Vara_Laulu-_ja_Manguselts, lk 10
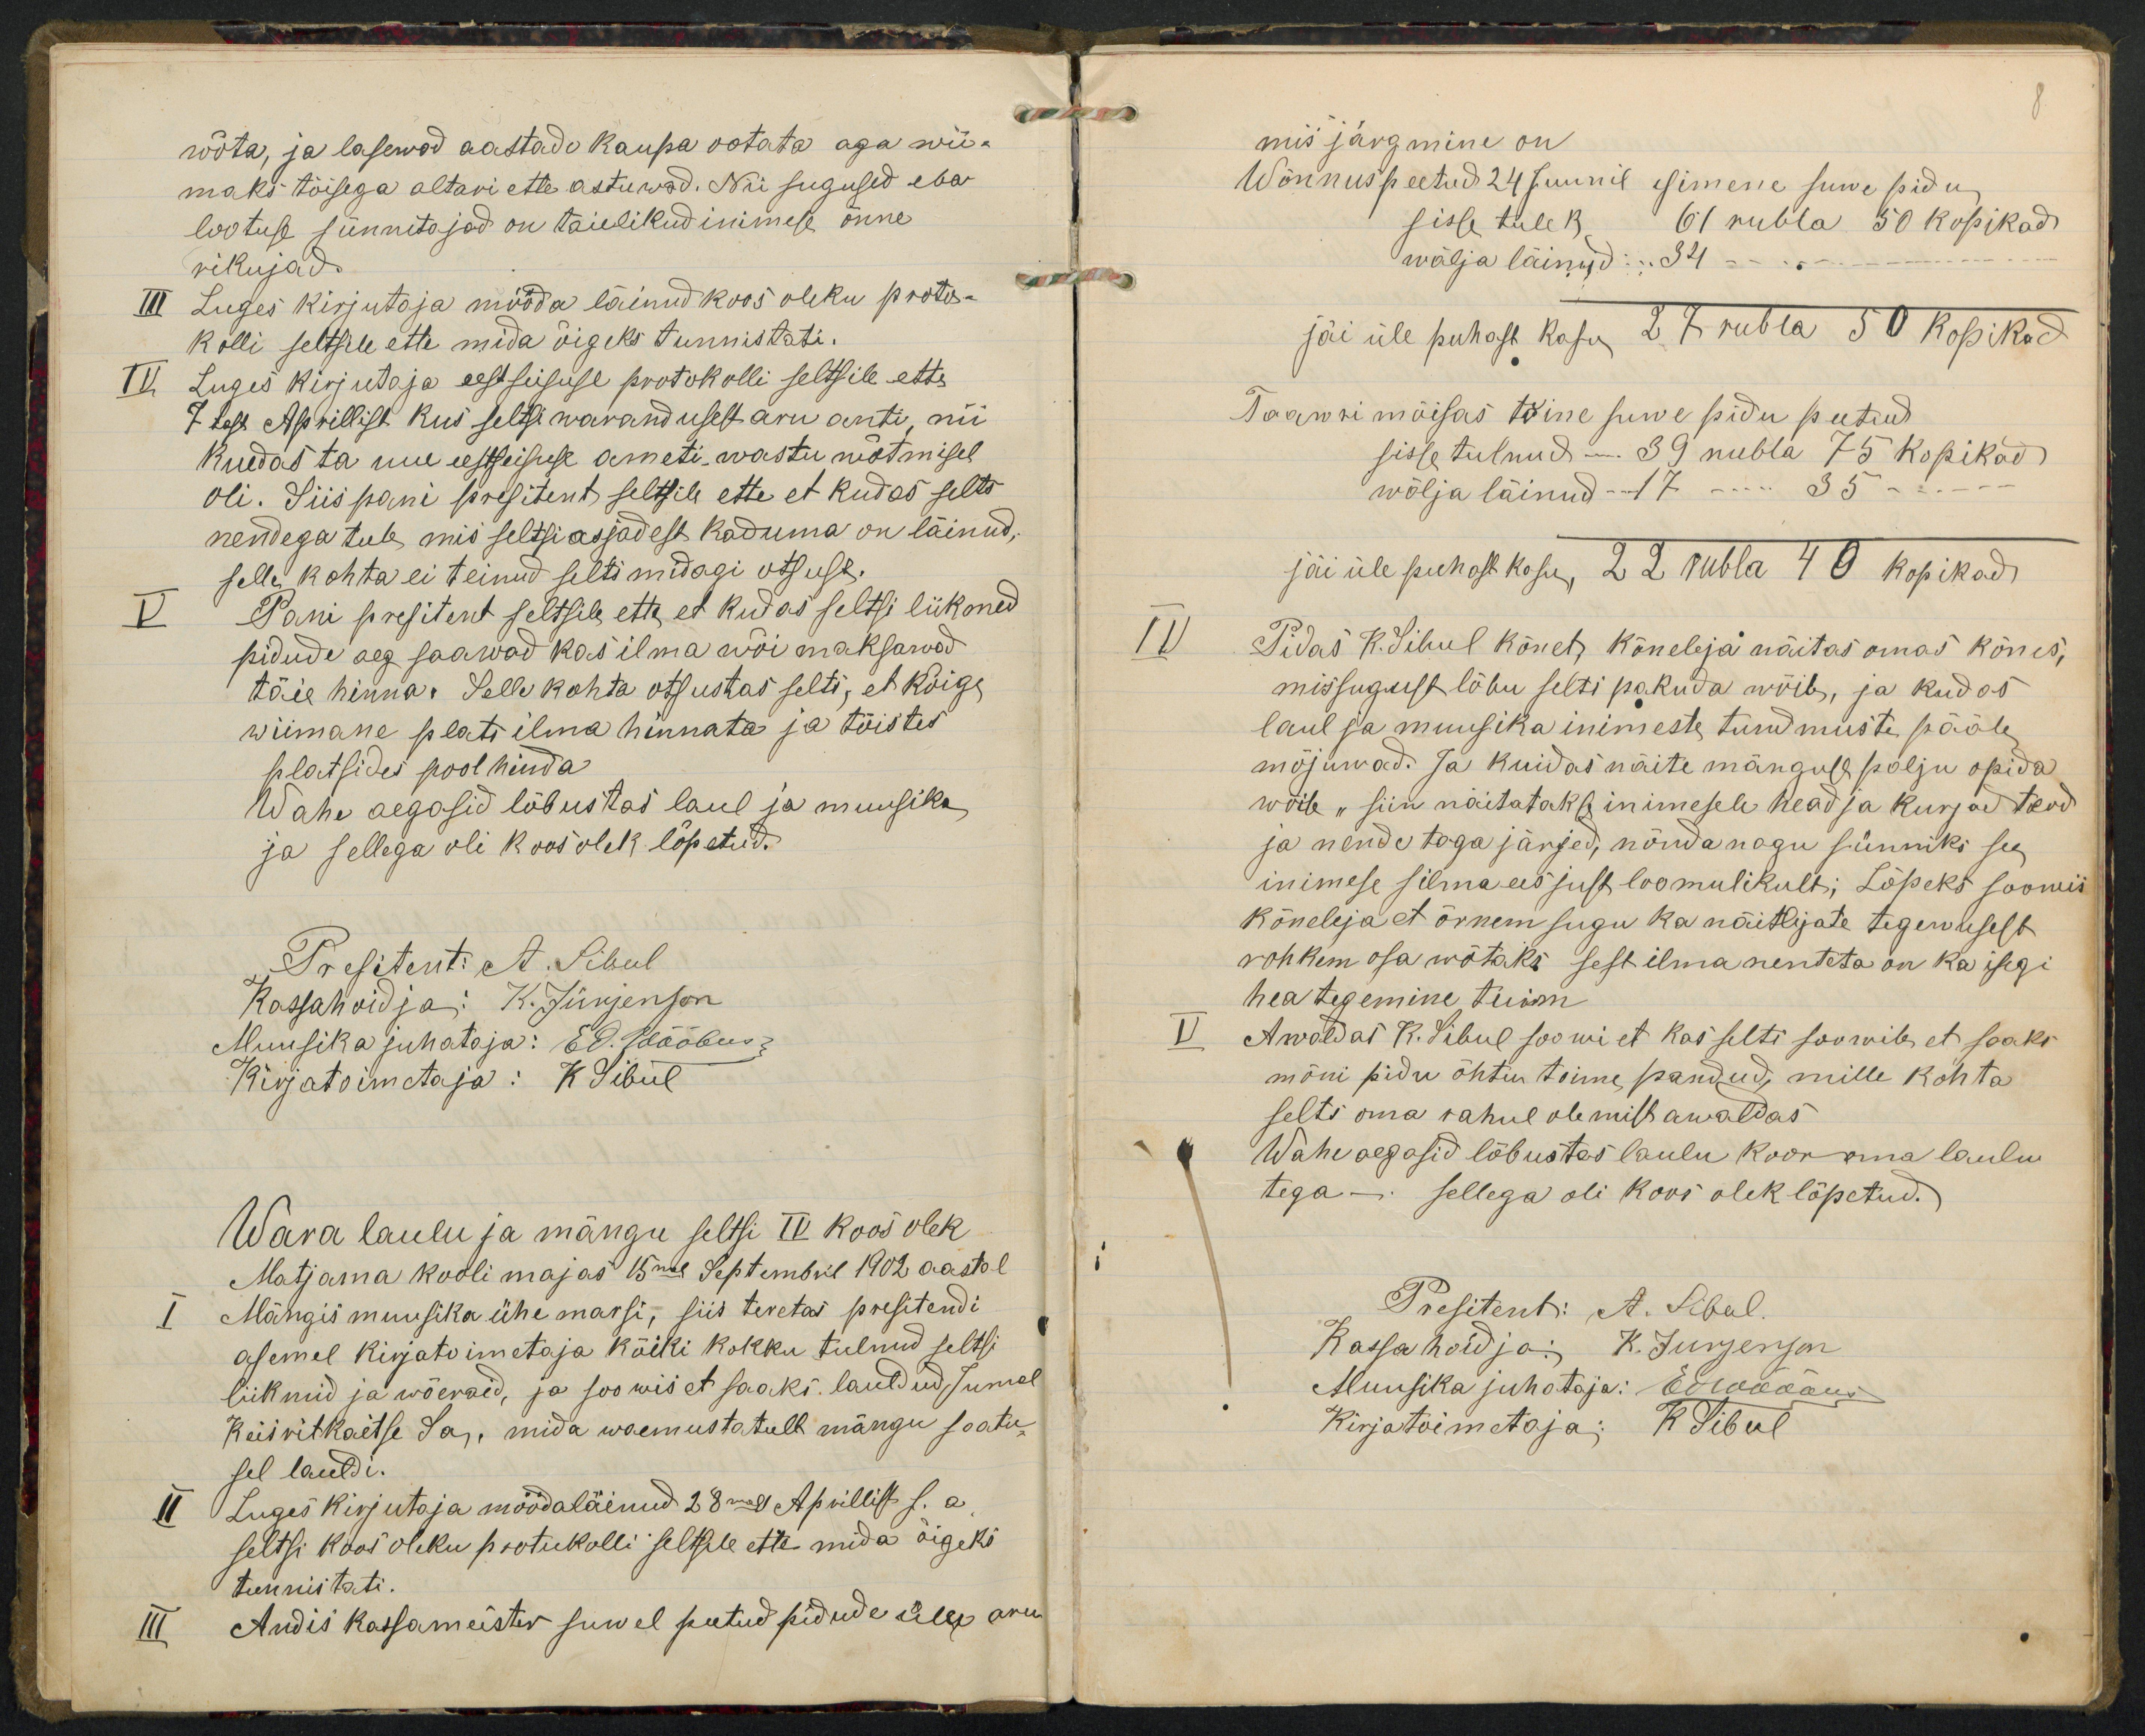
wõta, ja lasewad aastado kaupa ootata aga wii-maks tõisega altavi ette astuwad. Nii sugusid ebalootuse sunnitajad on taielikudinimese õnnerikujadLuges Kirjutaja mööda läinud koos oleku pooto-kolli seltsile ette mida õigeks tunnistati.Luges Kirjutaja eestsiisuse protokolli seltsile etts7 tegs Aprillist kus seltsiwavandusebaru anti, niiRuedas ta uie eesteisuse ameti wastu wõtmiseloli. Siis pani presitent seltsile ette et kudas seltsnendega tule mis seltsiasjadest koduma on läinud,selle kohta ei teinud lilti midagi otsuse.Pani presitent seltsile etk et kudas seltsi liikonedpidude aeg saawad kas ilma woi maksawodtäie hinna. Selle kohta otsustas selti, et kõigewiimane plati ilma hinnata ja tõistesplatsides pool hindaWahe aegasid lõbustas laul ja muusikaja sellega oli koos olek lõpetud.Wäva laulu ja mängu seltsi tV koos olekMatjama kooli majas 15mal Septembril 1902 aastalMängis muusika ühe marsi, liis tevetas presitendiasemel kirjatoimetaja kõiki kokku tulnud seltsiliiknud ja wõevaid, ja soowis et saaki. lauldud, sumelKeiivitkaetse Sa, mida waemustatult mängu saatussel lauldi.(Luges Kirjutaja möödaläinud 28mal Apvillis s. a.seltsi koos oliku pootukolli seltsle ette mida õigekstunniitati.Andis Kassameister suwel peetud pidude ilg aru-

mis järgmine onWõnnuspeetud 24 Juunil isimene suwe pidusisle tule 1,wälja läinud: ..84jäi üle puhast kosu 28 rubta 50 kopikodSaawri mõisas tõine suwe pidu puetuddsisse tulnud -. 39 nubla 75 kopikadjäi üle puhakkosu, 22 vubla 40 kopikod.Sidas K.Sihul kõnets kõneleja näitas omas kõnes,missugust lõbu selti pakuda wõib, ja kudaslaul ja muusika inimeste tundmuste päälemõjuwad. Ja kuidas näite mänguse palju opidawõile "siin näitataks inimesele head ja kurjad teovja nende tagajärjev, nõuvanagu sünniks seeinimese silma ees just loomulikult; Lõpeks soomiskõneleja et õrnem sugu ka näitlijate tegerusestrohkem osa wõtaks sest ilmanenteta on kassegihea tegemine tuimAwõldas R. Pibul joowi et Kas selti soorvib, et soaksmõni pidu õhtin tõime pandud, mille kõhtaselts oma rahul olemitsawaldasWähe aegasid lõbustes laulu koor oma laulustega - sellega oli koos olek lõpetud.